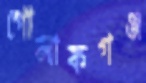
গোলাকগঞ্জ